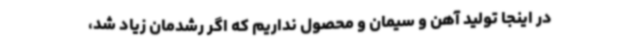
در اینجا تولید آهن و سیمان و محصول نداریم که اگر رشدمان زیاد شد،